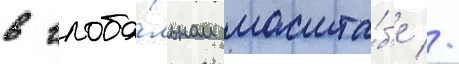
в глоба́льном масшта́б'е //